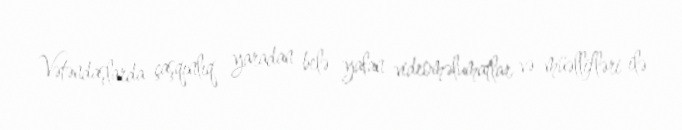
Vətəndaşlarda çaşqınlıq yaradan belə yalan videoməlumatlar və müəllifləri ilə